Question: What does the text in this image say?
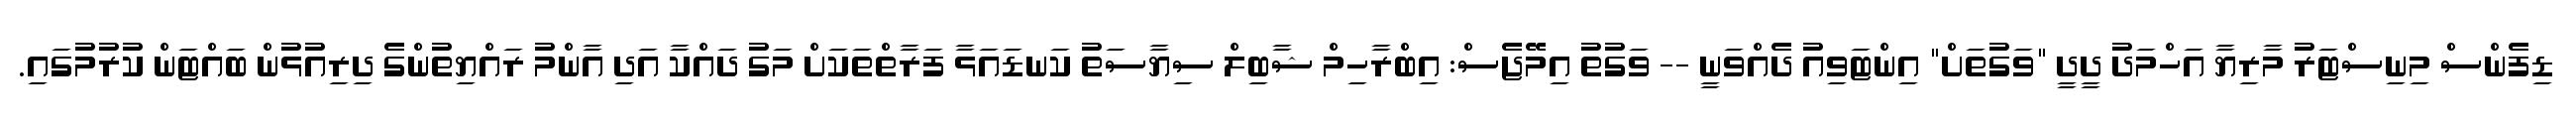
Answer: ޑިފެންސް މިނިސްޓަރު މާރިޔާ އަހްމަދު ދީދީ "ވަގުތަށް" އިންޓަވިއު ދެއްވަނީ -- ވަގުތު އިމޭޖެސް: އިބްރާހިމް ޝާބިލް ސިޔާސަތު ކަނޑައަޅާ ފަރާތްތަކަށް މަގު ދައްކާ އަދި އާންމު ރައްޔިތުންގެ ދިރިއުޅުން ބައްޓަން ކުރުމުގައި.